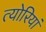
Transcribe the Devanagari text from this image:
त्योरियां